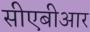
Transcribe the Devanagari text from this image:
सीएबीआर